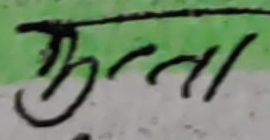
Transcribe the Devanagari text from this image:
भुन्तो